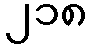
၂၁၈